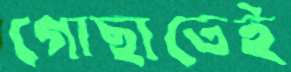
গোছাতেই